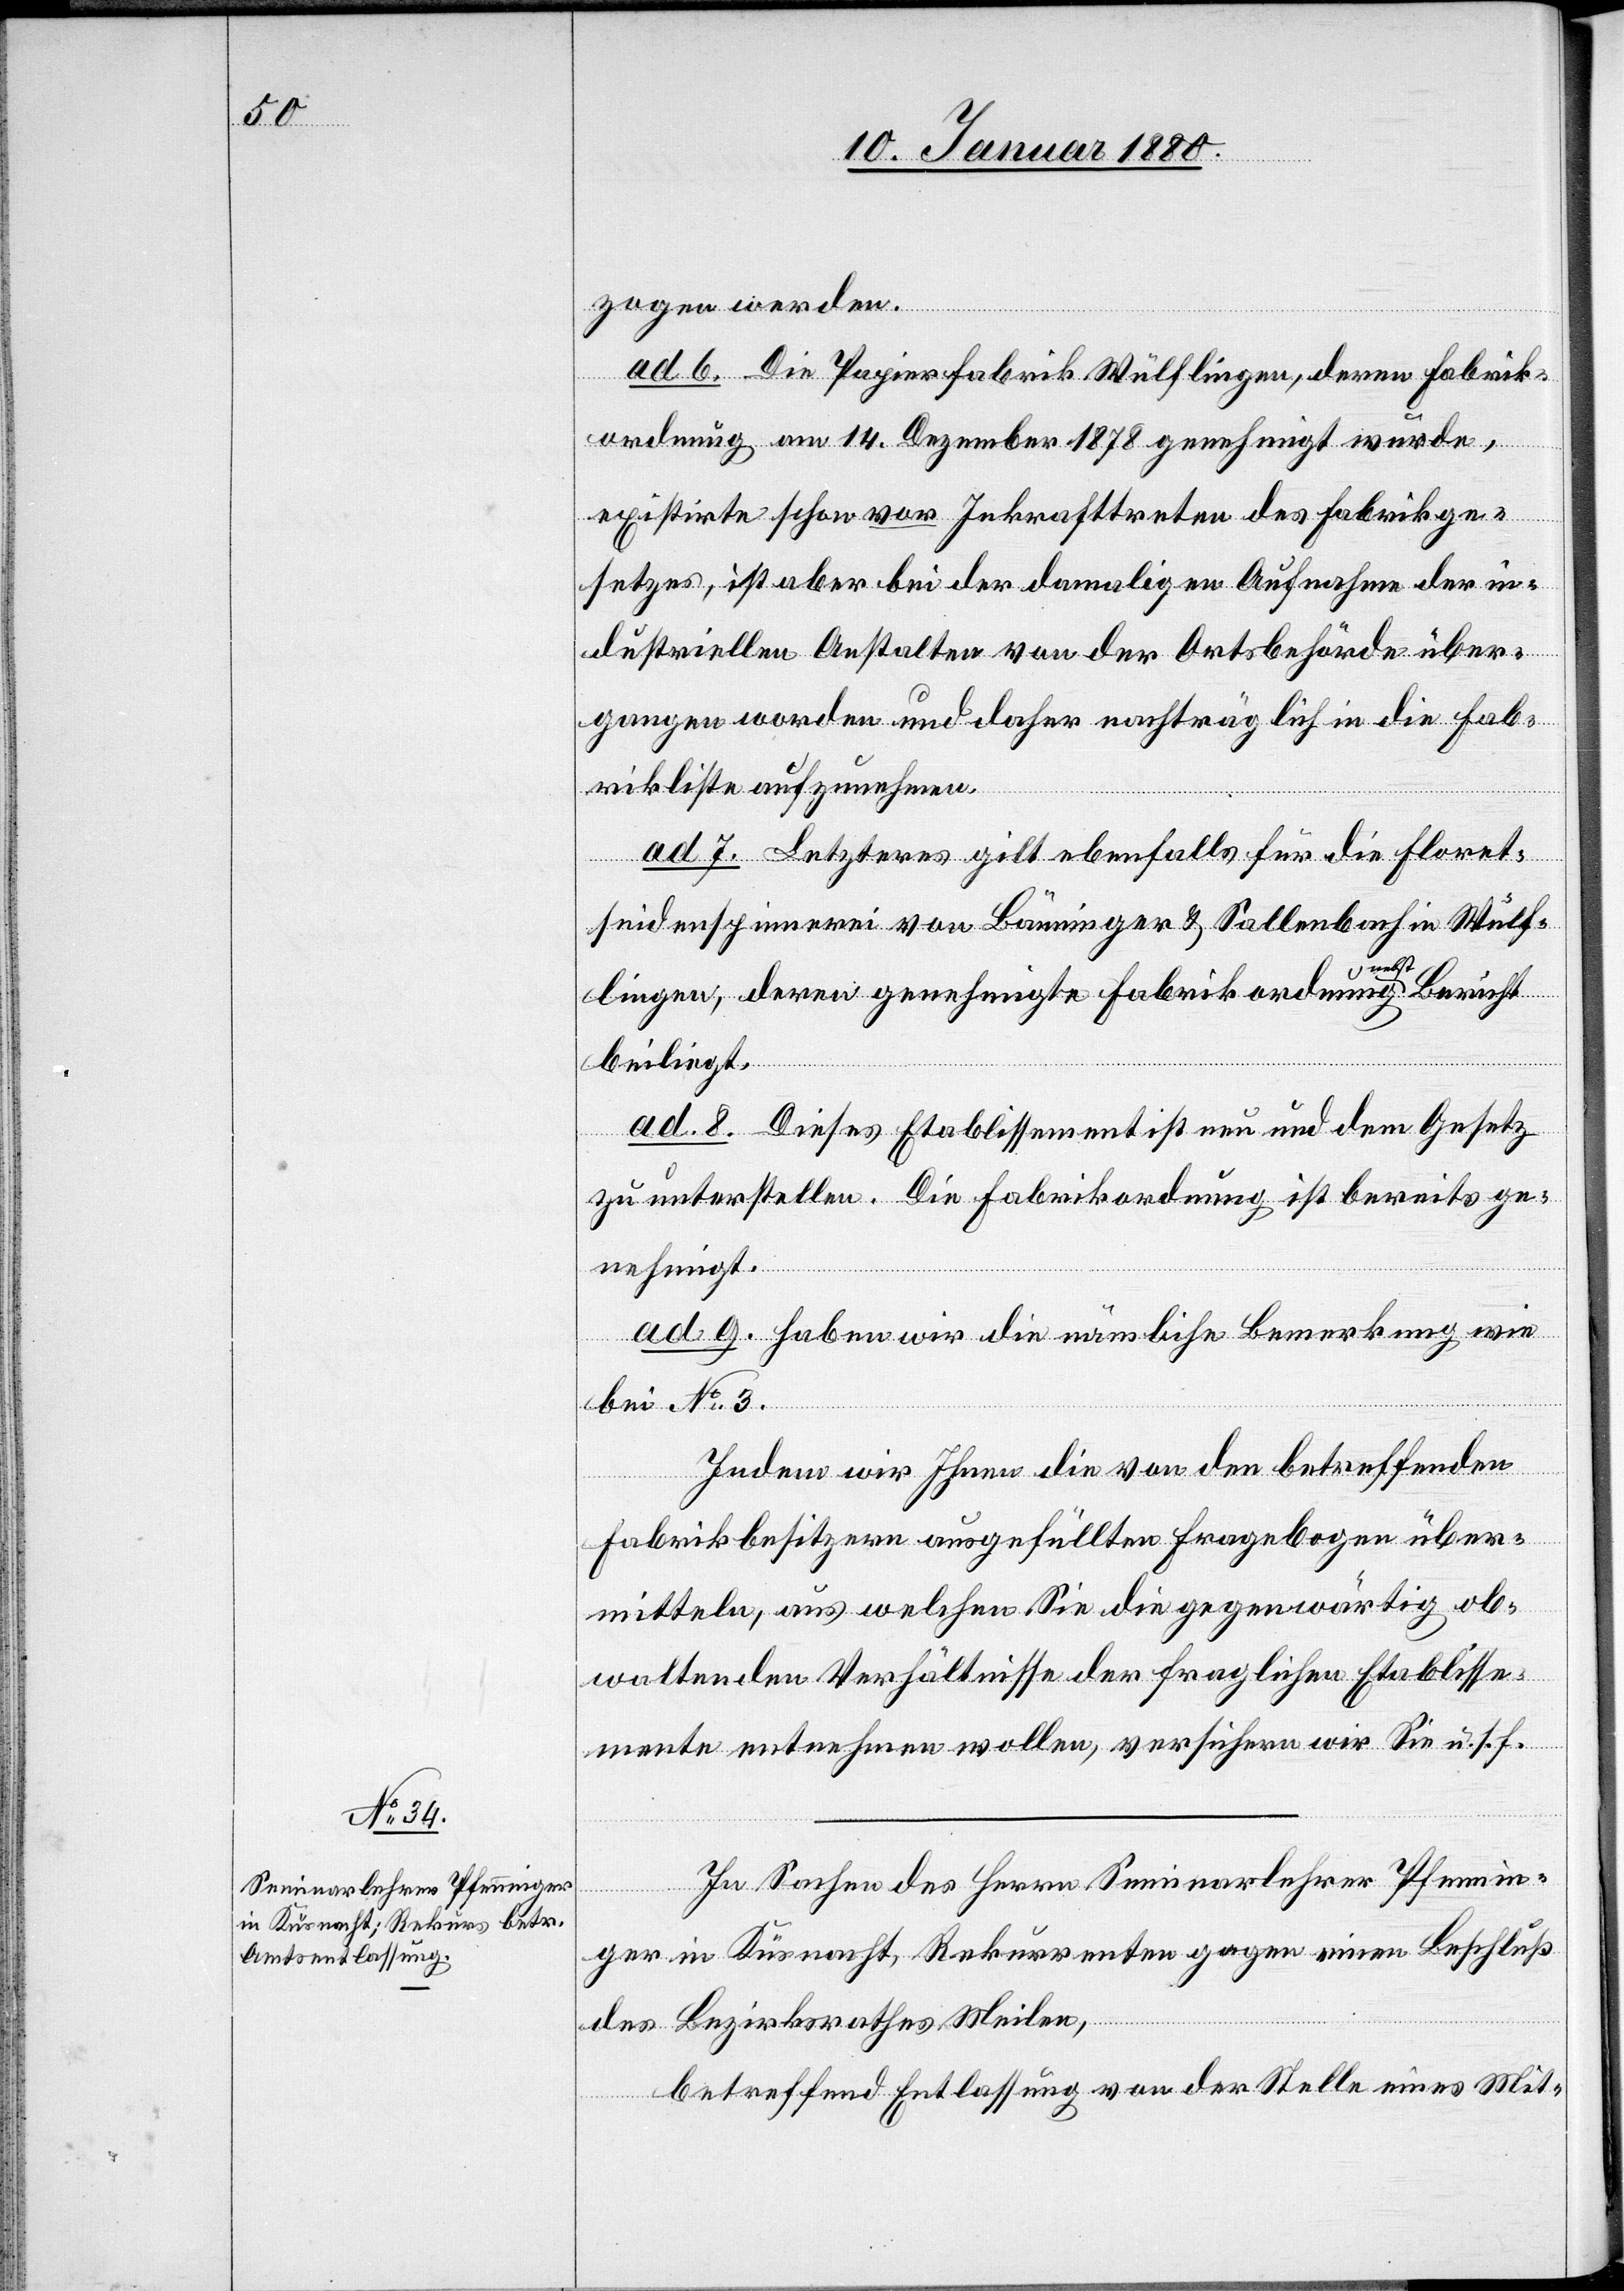
zogen werden.
ad 6. Die Papierfabrik Wülflingen, deren Fabrik¬
ordnung am 14. Dezember 1878 genehmigt wurde,
existirte schon vor Inkrafttreten des Fabrikge¬
setzes, ist aber bei der damaligen Aufnahme der in¬
dustriellen Anstalten von der Ortsbehörde über¬
gangen worden und daher nachträglich in die Fab¬
rikliste aufzunehmen.
ad 7. Letzteres gilt ebenfalls für die Floret¬
seidenspinnerei von Bänninger & Sallenbach in Wülf¬
lingen, deren genehmigte Fabrikordnung a-nebst-a Bericht
beiliegt.
ad 8. Dieses Etablissement ist neu und dem Gesetz
zu unterstellen. Die Fabrikordnung ist bereits ge¬
nehmigt.
ad 9. Haben wir die nämliche Bemerkung wie
bei No 3.
Indem wir Ihnen die von den betreffenden
Fabrikbesitzern ausgefüllten Fragebogen über¬
mitteln, aus welchen Sie die gegenwärtig ob¬
waltenden Verhältnisse der fraglichen Etablisse¬
mente entnehmen wollen, versichern wir Sie u. s. f.
In Sachen des Herrn Seminardirektor Pfennin¬
ger in Küsnacht, Rekurrenten gegen einen Beschluß
des Bezirksrathes Meilen,
betreffend Entlassung von der Stelle eines Mit-